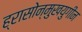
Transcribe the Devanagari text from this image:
ह्रासोन्मुखयुगीन